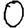
Digit: 0